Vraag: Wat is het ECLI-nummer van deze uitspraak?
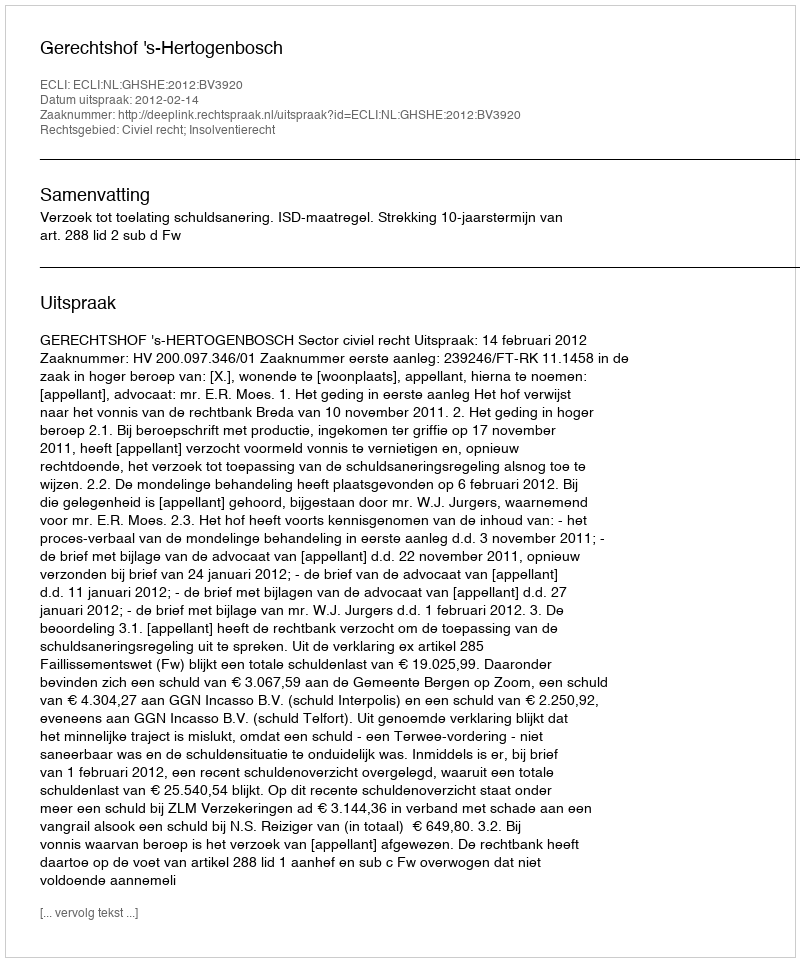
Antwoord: ECLI:NL:GHSHE:2012:BV3920